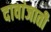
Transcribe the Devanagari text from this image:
दावांजाती